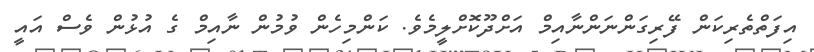
އިފަތްތެރިކަން ފޭރިގަންނަންނާއިމް އަށްދޫކޮށްލީމެވެ. ކަންމިހެން ވުމުން ނާއިމް ގެ އުޅުން ވެސް އައީ